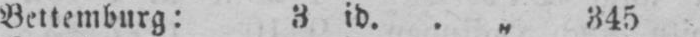
Bettemburg: 3 id. .„ 345